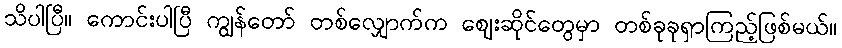
သိပါပြီ။ ကောင်းပါပြီ ကျွန်တော် တစ်လျှောက်က ဈေးဆိုင်တွေမှာ တစ်ခုခုရှာကြည့်ဖြစ်မယ်။